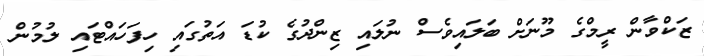
ޒަކްވާން ރީމްގެ މޫނަށް ބަލައިވެސް ނުލައި ޒިންދުގެ ކުޑަ އަތުގައި ހިފަހައްޓައި ލުމުން